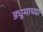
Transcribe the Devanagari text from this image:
ड्युमाच्या